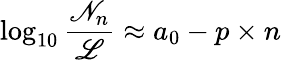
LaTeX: \log_{10}\frac{\mathscr{N}_{n}}{\mathscr{L}}\approx a_{0}-p\times n